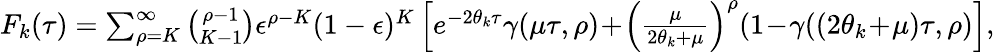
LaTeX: \begin{array}{r}{F_{k}(\tau)=\sum_{\rho=K}^{\infty}\binom{\rho-1}{K-1}\epsilon^{\rho-K}(1-\epsilon)^{K}\left[e^{-2\theta_{k}\tau}\gamma(\mu\tau,\rho)\! +\! \left(\frac{\mu}{2\theta_{k}+\mu}\right)^{\rho}(1\! -\! \gamma((2\theta_{k}\! +\! \mu)\tau,\rho)\right],}\end{array}